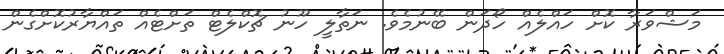
މަޝްވަރާ ކޮށް ހައްލެއް ހޯދަން ބޭނުމެވެ. ނަތާލީ ހޫނު ޗޮކްލެޓް ތަށްޓެއް ތައްޔާރުކޮށްގެން